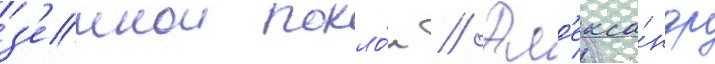
з'емнои покло́н // Ал'екса́ндр